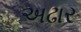
અઢાર